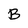
Character: B